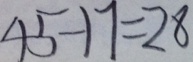
4 5 - 1 7 = 2 8